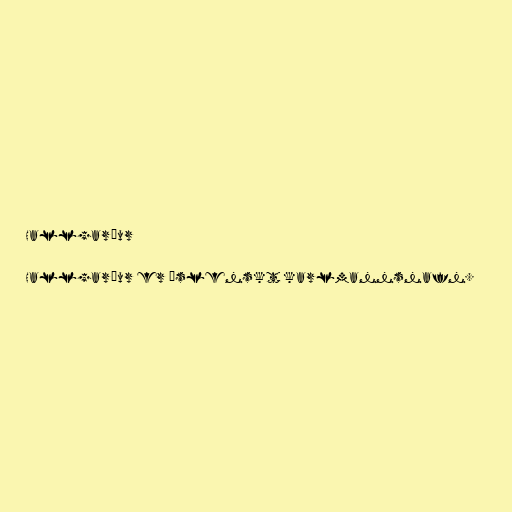
Hallgarður

Hallgarður er íslenskt karlmannsnafn.